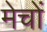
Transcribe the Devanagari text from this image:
मेचों